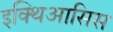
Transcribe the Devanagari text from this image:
इक्थिआसिस